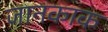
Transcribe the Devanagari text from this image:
जानकाक